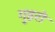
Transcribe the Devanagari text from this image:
गुइरो